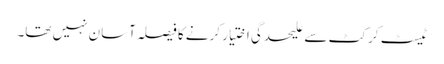
ٹیسٹ کرکٹ سے علیحدگی اختیار کرنے کا فیصلہ آسان نہیں تھا۔